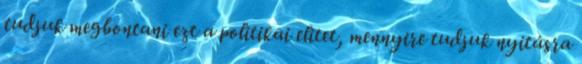
tudjuk megbontani ezt a politikai elitet, mennyire tudjuk nyitásra